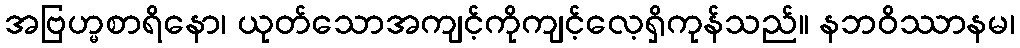
အဗြဟ္မစာရိနော၊ ယုတ်သောအကျင့်ကိုကျင့်လေ့ရှိကုန်သည်။ နဘဝိဿာနမ၊